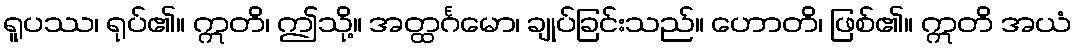
ရူပဿ၊ ရုပ်၏။ ဣတိ၊ ဤသို့။ အတ္ထင်္ဂမော၊ ချုပ်ခြင်းသည်။ ဟောတိ၊ ဖြစ်၏။ ဣတိ အယံ